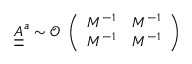
\underline { { \underline { { A } } } } ^ { a } \sim \mathcal { O } \begin{array} { l } { \left( \begin{array} { l l } { M ^ { - 1 } } & { M ^ { - 1 } } \\ { M ^ { - 1 } } & { M ^ { - 1 } } \end{array} \right) } \end{array}